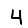
Digit: 4